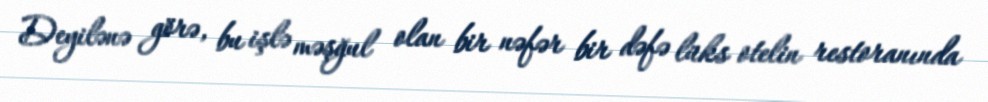
Deyilənə görə, bu işlə məşğul olan bir nəfər bir dəfə lüks otelin restoranında